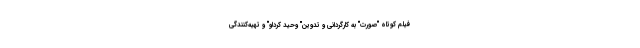
فیلم کوتاه "صورت" به کارگردانی و تدوین" وحید کردلو" و تهيه‌كنندگى